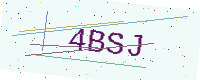
Text: 4BSJ